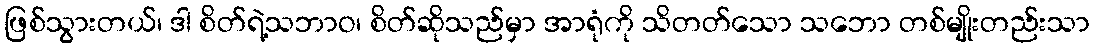
ဖြစ်သွားတယ်၊ ဒါ စိတ်ရဲ့သဘာဝ၊ စိတ်ဆိုသည်မှာ အာရုံကို သိတတ်သော သဘော တစ်မျိုးတည်းသာ